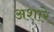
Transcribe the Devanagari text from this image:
अशारे